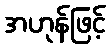
အဟုန်ဖြင့်